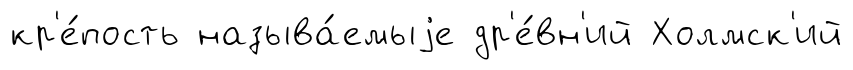
кр'е́пость называ́емыjе др'е́вн'ий Холмск'ий